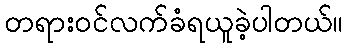
တရားဝင်လက်ခံရယူခဲ့ပါတယ်။